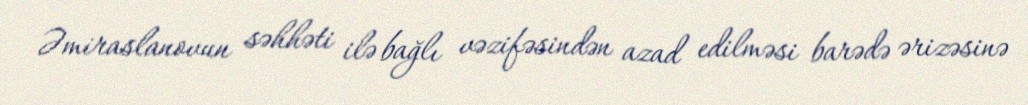
Əmiraslanovun səhhəti ilə bağlı vəzifəsindən azad edilməsi barədə ərizəsinə